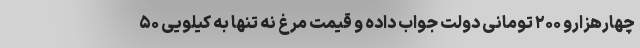
چهارهزارو ۲۰۰ تومانی دولت جواب داده و قیمت مرغ نه تنها به کیلویی ۵۰